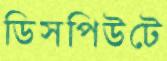
ডিসপিউটে